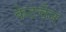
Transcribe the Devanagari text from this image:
केटचेन